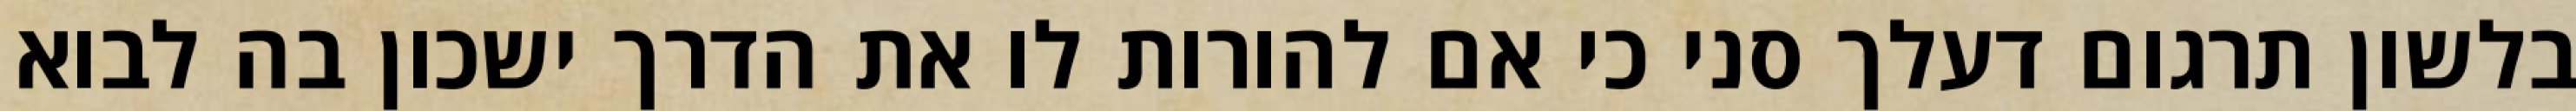
בלשון תרגום דעלך סני כי אם להורות לו את הדרך ישכון בה לבוא